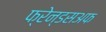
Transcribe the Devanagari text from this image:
फ्रेन्डसअफ